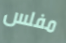
مفلس